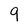
Character: 9